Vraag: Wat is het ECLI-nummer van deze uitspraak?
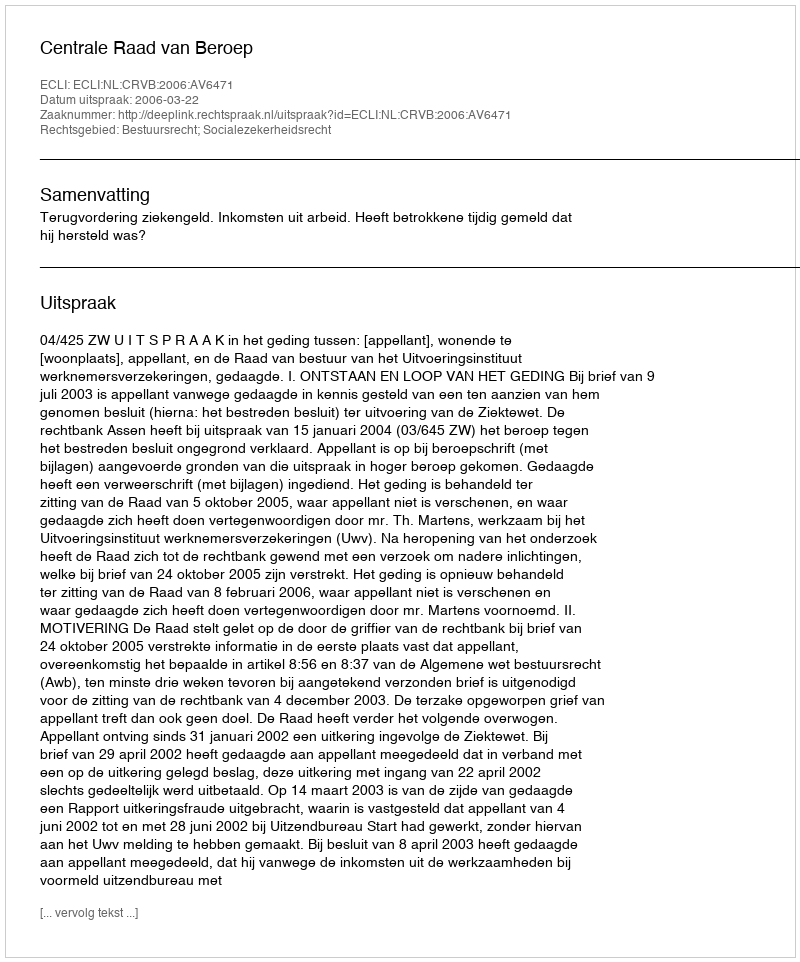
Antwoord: ECLI:NL:CRVB:2006:AV6471